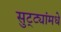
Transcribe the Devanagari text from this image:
सुट्ट्यांमधे